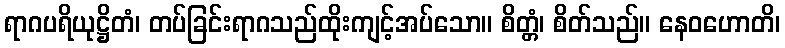
ရာဂပရိယုဋ္ဌိတံ၊ တပ်ခြင်းရာဂသည်ထိုးကျင့်အပ်သော။ စိတ္တံ၊ စိတ်သည်။ နေဝဟောတိ၊